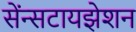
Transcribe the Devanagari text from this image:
सेंन्सटायझेशन